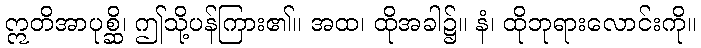
ဣတိအာပုစ္ဆိ၊ ဤသို့ပန်ကြား၏။ အထ၊ ထိုအခါ၌။ နံ၊ ထိုဘုရားလောင်းကို။